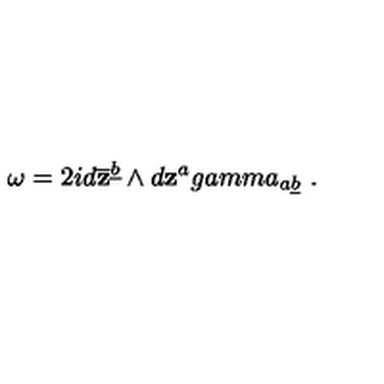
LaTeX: \omega = 2 i d \overline { { \bf z } } ^ { \underline { b } } \wedge d { \bf z } ^ { a } g a m m a _ { a \underline { b } } \ .